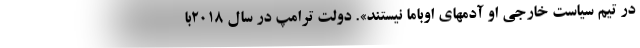
در تیم سیاست خارجی او آدمهای اوباما نیستند». دولت ترامپ در سال ۲۰۱۸با